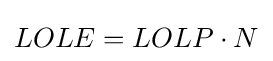
{LOLE}={LOLP}\cdot N